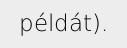
példát).